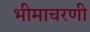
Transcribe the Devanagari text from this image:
भीमाचरणी